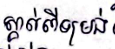
ស្គាល់ពីទម្រង់